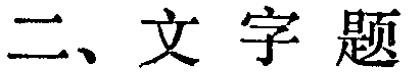
二、文字题